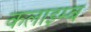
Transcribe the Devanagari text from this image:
कलाइम्ब